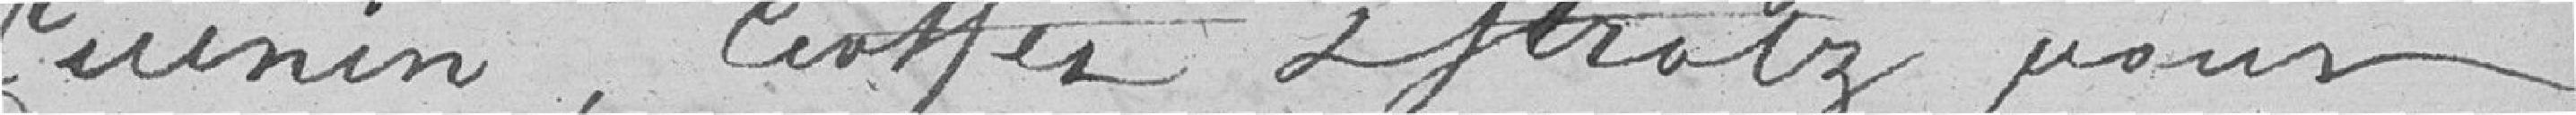
Cuinin, Entfer et Hralz pour